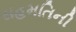
સહમતિની